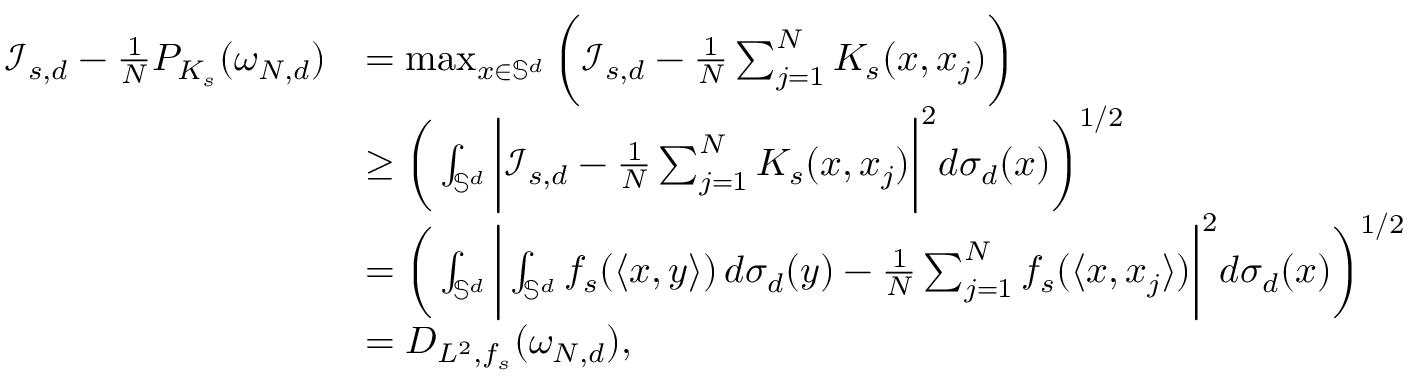
\begin{array} { r l } { \mathcal { I } _ { s , d } - \frac { 1 } { N } P _ { K _ { s } } ( \omega _ { N , d } ) } & { = \operatorname* { m a x } _ { x \in \mathbb S ^ { d } } \bigg ( \mathcal { I } _ { s , d } - \frac { 1 } { N } \sum _ { j = 1 } ^ { N } K _ { s } ( x , x _ { j } ) \bigg ) } \\ & { \ge \bigg ( \int _ { \mathbb S ^ { d } } \bigg | \mathcal { I } _ { s , d } - \frac { 1 } { N } \sum _ { j = 1 } ^ { N } K _ { s } ( x , x _ { j } ) \bigg | ^ { 2 } d \sigma _ { d } ( x ) \bigg ) ^ { 1 / 2 } } \\ & { = \bigg ( \int _ { \mathbb S ^ { d } } \bigg | \int _ { \mathbb S ^ { d } } f _ { s } ( \langle x , y \rangle ) \, d \sigma _ { d } ( y ) - \frac { 1 } { N } \sum _ { j = 1 } ^ { N } f _ { s } ( \langle x , x _ { j } \rangle ) \bigg | ^ { 2 } d \sigma _ { d } ( x ) \bigg ) ^ { 1 / 2 } } \\ & { = D _ { L ^ { 2 } , f _ { s } } ( \omega _ { N , d } ) , } \end{array}